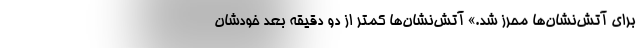
برای آتش‌نشان‌ها محرز شد.» آتش‌نشان‌ها کمتر از دو دقیقه بعد خودشان